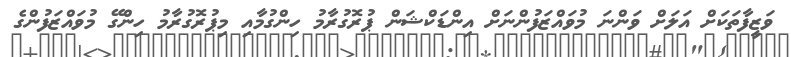
ވަޒީފާތަކަށް އަލަށް ވަންނަ މުވައްޒަފުންނަށް އިންޑަކްޝަން ޕުރޮގުރާމު ހިންގުމާއި މިޕުރޮގުރާމު ހިންގޭ މުވައްޒަފުންގެ